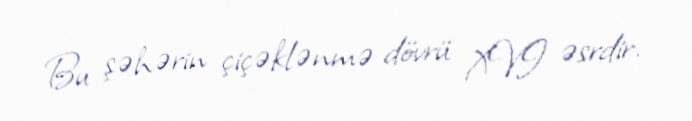
Bu şəhərin çiçəklənmə dövrü XVI əsrdir.